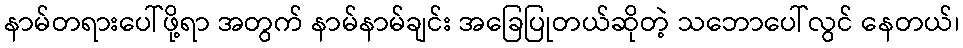
နာမ်တရားပေါ်ဖို့ရာ အတွက် နာမ်နာမ်ချင်း အခြေပြုတယ်ဆိုတဲ့ သဘောပေါ်လွင် နေတယ်၊